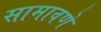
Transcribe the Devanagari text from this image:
सामावणे